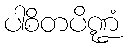
ပါစိတပိဏ္ဍံ